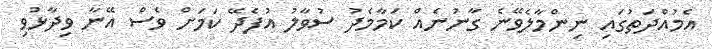
އެމުއްދަތުގައި ނިންމާލެވޭނެ ގާނުނެއް ކަމާމެދު ސުވާލު އުފެދޭ ކަމަށް ވެސް އޭނާ ވިދާޅުވި